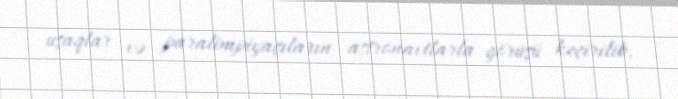
uşaqlar və paralimpiyaçıların astronavtlarla görüşü keçirilib.